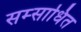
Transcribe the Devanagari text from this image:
सम्साधित